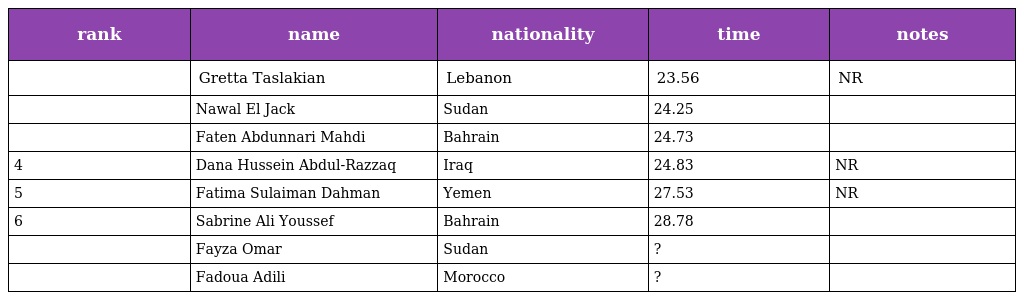
| rank | name | nationality | time | notes |
 | --- | --- | --- | --- | --- |
 |  | Gretta Taslakian | Lebanon | 23.56 | NR |
 |  | Nawal El Jack | Sudan | 24.25 |  |
 |  | Faten Abdunnari Mahdi | Bahrain | 24.73 |  |
 | 4 | Dana Hussein Abdul-Razzaq | Iraq | 24.83 | NR |
 | 5 | Fatima Sulaiman Dahman | Yemen | 27.53 | NR |
 | 6 | Sabrine Ali Youssef | Bahrain | 28.78 |  |
 |  | Fayza Omar | Sudan | ? |  |
 |  | Fadoua Adili | Morocco | ? |  |